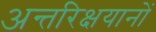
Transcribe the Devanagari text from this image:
अन्तरिक्षयानों